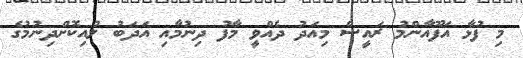
މި ފުޅާ އަފޫއާންމު ރައީސް މިއަދު ދެއްވީ މާފު ދިނުމާއި އަދަބު ލުއިކޮށްދިނުމުގެ